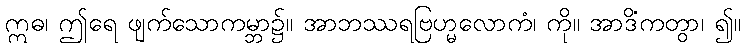
ဣဓ၊ ဤရေ ဖျက်သောကမ္ဘာ၌။ အာဘဿရဗြဟ္မလောကံ၊ ကို။ အာဒိံကတွာ၊ ၍။